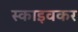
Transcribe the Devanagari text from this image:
स्काइवकर